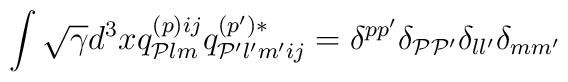
\int \sqrt{\gamma} d^{3} x q^{(p)ij}_{{\cal P}lm}q_{{\cal P}'l'm'ij}^{(p')*} = \delta^{pp'}\delta_{{\cal P}{\cal P}'}\delta_{ll'}\delta_{mm'}